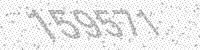
Solution: 159571